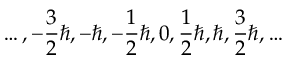
\ldots , - { \frac { 3 } { 2 } } \hbar , - \hbar , - { \frac { 1 } { 2 } } \hbar , 0 , { \frac { 1 } { 2 } } \hbar , \hbar , { \frac { 3 } { 2 } } \hbar , \ldots